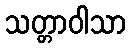
သတ္တာဝါသာ